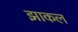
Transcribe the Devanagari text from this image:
झाकल